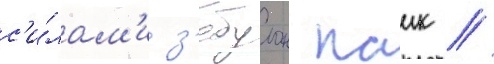
с'и́лам'и з'ебулон паик //